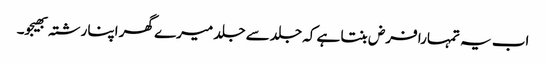
اب یہ تمہارا فرض بنتا ہے کہ جلد سے جلد میرے گھر اپنا رشتہ بھیجو۔